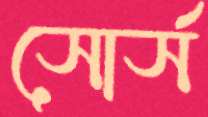
সোর্স